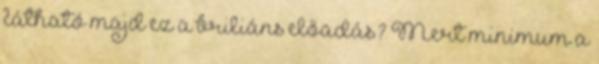
látható majd ez a briliáns előadás? Mert minimum a